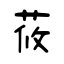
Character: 莜